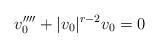
LaTeX: \begin{align*}v_0''''+|v_0|^{r-2}v_0=0\end{align*}